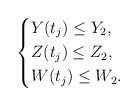
\begin{align*}\left\{\begin{aligned}&Y(t_{j})\leq Y_2,\\&Z(t_j)\leq Z_2,\\&W(t_j)\leq W_2.\end{aligned}\right.\end{align*}